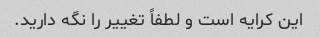
این کرایه است و لطفاً تغییر را نگه دارید.